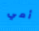
أمي